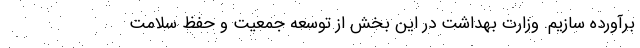
برآورده سازیم. وزارت بهداشت در این بخش از توسعه جمعیت و حفظ سلامت